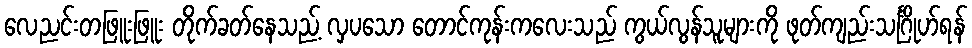
လေညင်းတဖြူးဖြူး တိုက်ခတ်နေသည့် လှပသော တောင်ကုန်းကလေးသည် ကွယ်လွန်သူများကို ဖုတ်ကျည်းသင်္ဂြိုဟ်ရန်